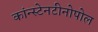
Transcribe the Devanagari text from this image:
कांन्स्टेनटीनोपोल